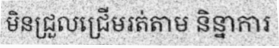
មិនជ្រួលជ្រើមរត់តាម និន្នាការ